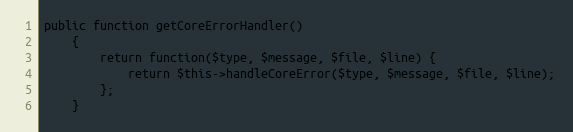
Language: PHP
public function getCoreErrorHandler()
    {
        return function($type, $message, $file, $line) {
            return $this->handleCoreError($type, $message, $file, $line);
        };
    }